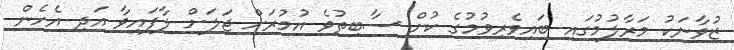
ޒުވާނަކު މަރާލުމުގައި ބައިވެރިވުމުގެ ކުށް ސާބިތުވެ އުމުރަށް ޖަލަށް ލާފައިވާ އަދި އެހެން